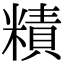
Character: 𥼃